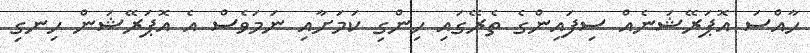
ހާއްސަ އޮޕަރޭޝަނެއް ސިފައިންގެ ތެރޭގައި ހިންގި ކަމަށާއި ނަމަވެސް އެ އޮޕަރޭޝަން ހިނގި